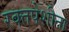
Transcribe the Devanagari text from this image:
रक्तपेशीना